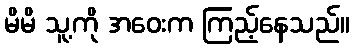
မိမိ သူ့ကို အဝေးက ကြည့်နေသည်။